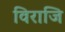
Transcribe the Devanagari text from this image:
विराजि